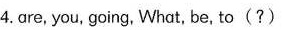
4.are, you, going, What, be, to(?)